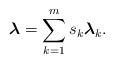
LaTeX: \begin{align*}\boldsymbol{\lambda} = \sum\limits_{k=1}^m s_k \boldsymbol{\lambda}_k.\end{align*}